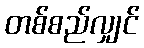
တစ်စည်လျှင်